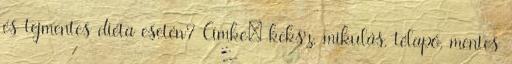
és tejmentes diéta esetén? Címke: keksz, mikulás, télapó, mentes